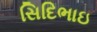
સિદિભાઇ